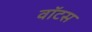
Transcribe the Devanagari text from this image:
वॉटस